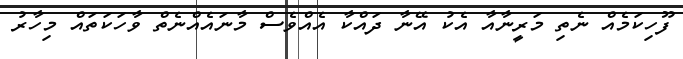
ފޫހިކަމެއް ނެތި މަރީނާއާ އެކު އޭނާ ދައްކާ އެއްވެސް މާނައެއްނެތް ވާހަކަތައް މިހާރު